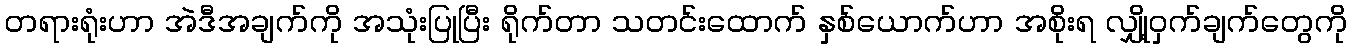
တရားရုံးဟာ အဲဒီအချက်ကို အသုံးပြုပြီး ရိုက်တာ သတင်းထောက် နှစ်ယောက်ဟာ အစိုးရ လျှို့ဝှက်ချက်တွေကို